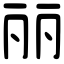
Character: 丽